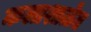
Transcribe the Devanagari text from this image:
कलाशाळेत